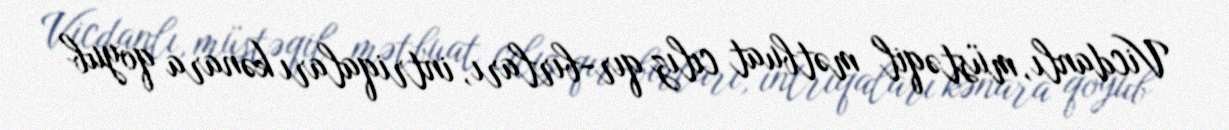
Vicdanlı, müstəqil mətbuat cılız qır-bırları, intriqaları kənara qoyub